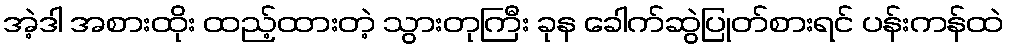
အဲ့ဒါ အစားထိုး ထည့်ထားတဲ့ သွားတုကြီး ခုန ခေါက်ဆွဲပြုတ်စားရင် ပန်းကန်ထဲ